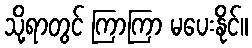
သို့ရာတွင် ကြာကြာ မပေးနိုင်။